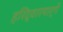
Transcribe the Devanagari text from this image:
हरिद्वारमार्गे